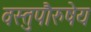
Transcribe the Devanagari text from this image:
वस्तुपौरुषेय